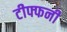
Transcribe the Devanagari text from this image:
टीफ्फनी